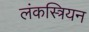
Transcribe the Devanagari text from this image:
लंकस्त्रियन